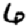
Digit: 6